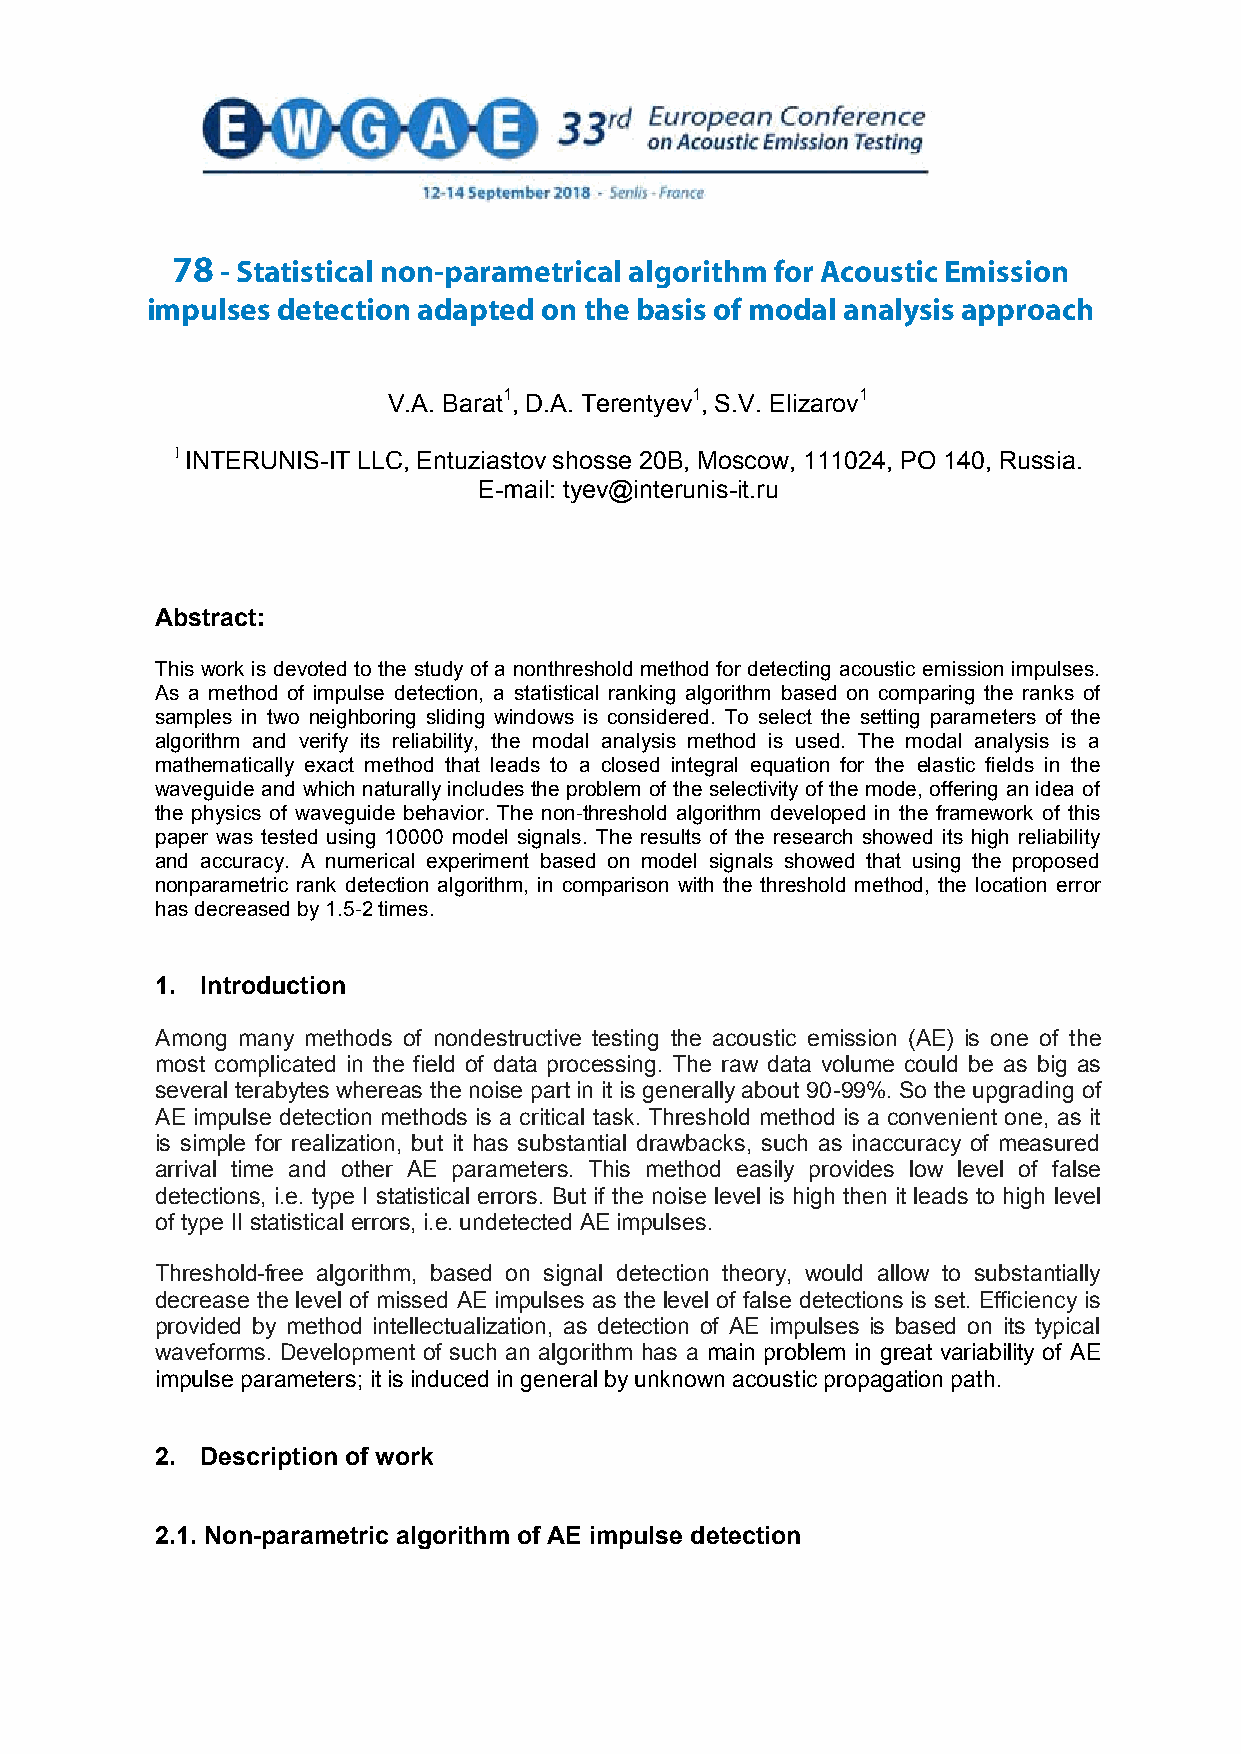
S7 T8 A -T SIStaTtIiCstAicLa Nl nOoNn--PpAarRaAmMeEtrTicRaICl aAlgLo ArLitGhmOR foITrH AMco FuOstRic A ECmOisUsSioTnIC
 impEuMlIsSeSs IdOeNte IcMtPioUnL aSdEaSp tDeEdT oEnC tThIeO bNa AsiDs AoPf mTEoDd aOl Nan TaHlyEs iBs AaSpIpSr oOaFc h
 MODAL   ANALYSIS  APPROACH
 V.A. Barat1, D.A. Terentyev1, S.V. Elizarov1
 1 INTERUNIS-IT LLC, Entuziastov shosse 20B, Moscow, 111024, PO 140, Russia.
 E-mail: tyev@interunis-it.ru
 Abstract:
 This work is devoted to the study of a nonthreshold method for detecting acoustic emission impulses.
 As a method of impulse detection, a statistical ranking algorithm based on comparing the ranks of
 samples in two neighboring sliding windows is considered. To select the setting parameters of the
 algorithm and verify its reliability, the modal analysis method is used. The modal analysis is a
 mathematically exact method that leads to a closed integral equation for the elastic fields in the
 waveguide and which naturally includes the problem of the selectivity of the mode, offering an idea of
 the physics of waveguide behavior. The non-threshold algorithm developed in the framework of this
 paper was tested using 10000 model signals. The results of the research showed its high reliability
 and accuracy. A numerical experiment based on model signals showed that using the proposed
 nonparametric rank detection algorithm, in comparison with the threshold method, the location error
 has decreased by 1.5-2 times.
 1. Introduction
 Among many methods of nondestructive testing the acoustic emission (AE) is one of the
 most complicated in the field of data processing. The raw data volume could be as big as
 several terabytes whereas the noise part in it is generally about 90-99%. So the upgrading of
 AE impulse detection methods is a critical task. Threshold method is a convenient one, as it
 is simple for realization, but it has substantial drawbacks, such as inaccuracy of measured
 arrival time and other AE parameters. This method easily provides low level of false
 detections, i.e. type I statistical errors. But if the noise level is high then it leads to high level
 of type II statistical errors, i.e. undetected AE impulses.
 Threshold-free algorithm, based on signal detection theory, would allow to substantially
 decrease the level of missed AE impulses as the level of false detections is set. Efficiency is
 provided by method intellectualization, as detection of AE impulses is based on its typical
 waveforms. Development of such an algorithm has a main problem in great variability of AE
 impulse parameters; it is induced in general by unknown acoustic propagation path.
 2. Description of work
 2.1. Non-parametric algorithm of AE impulse detection
 1